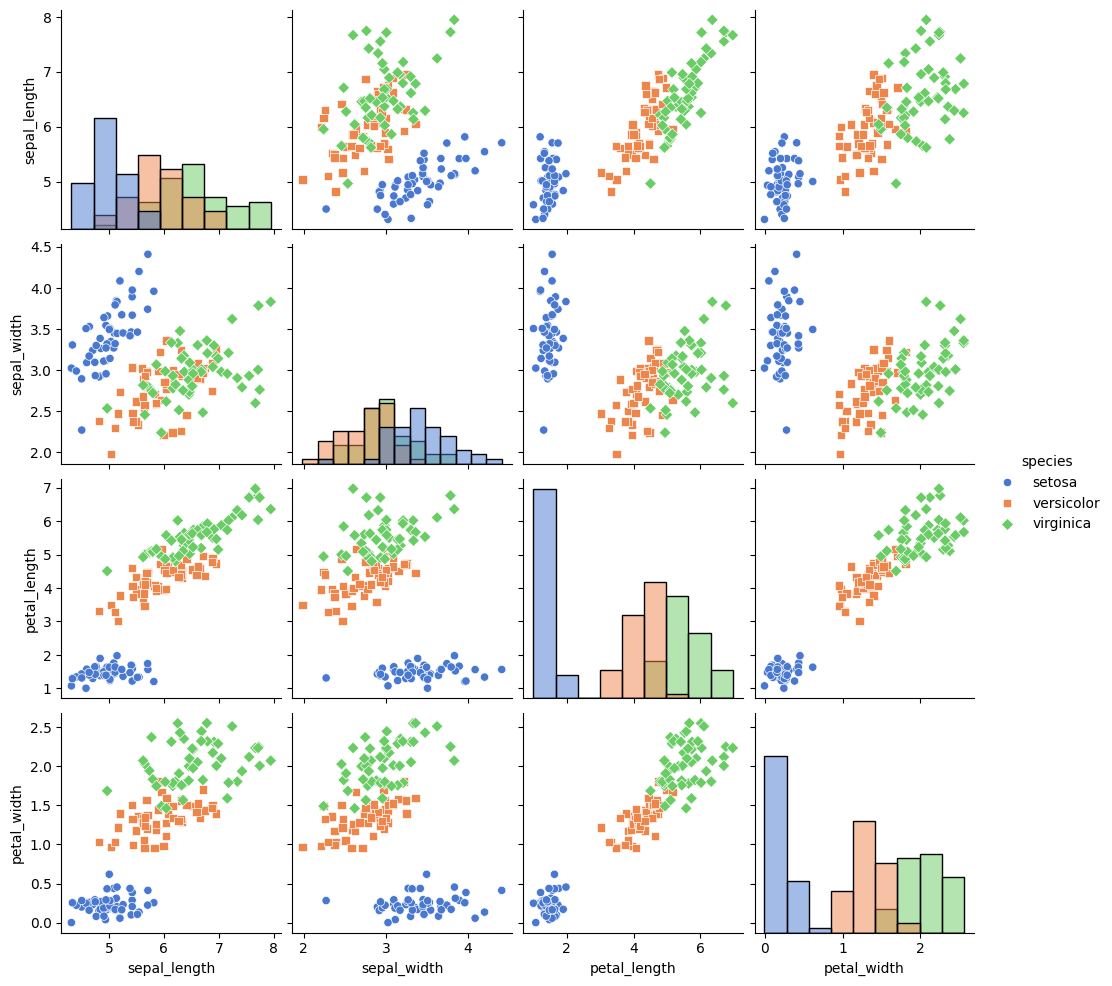
python, seaborn, pairplot, palette='muted', markers=['o', 's', 'D'], kind='scatter', diag_kind='hist'